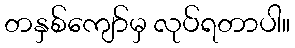
တနှစ်ကျော်မှ လုပ်ရတာပါ။